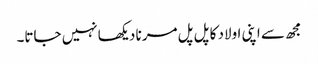
مجھ سے اپنی اولاد کا پل پل مرنا دیکھا نہیں جاتا۔